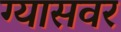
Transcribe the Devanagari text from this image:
ग्यासवर